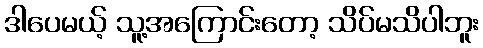
ဒါပေမယ့် သူ့အကြောင်းတော့ သိပ်မသိပါဘူး